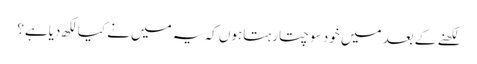
لکھنے کے بعد میں خود سوچتارہتاہوں کہ یہ میں نے کیالکھ دیاہے؟